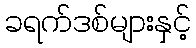
ခရက်ဒစ်များနှင့်